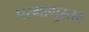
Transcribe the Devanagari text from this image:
परमाणुस्तर